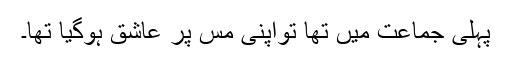
پہلی جماعت میں تھا تواپنی مس پر عاشق ہوگیا تھا۔